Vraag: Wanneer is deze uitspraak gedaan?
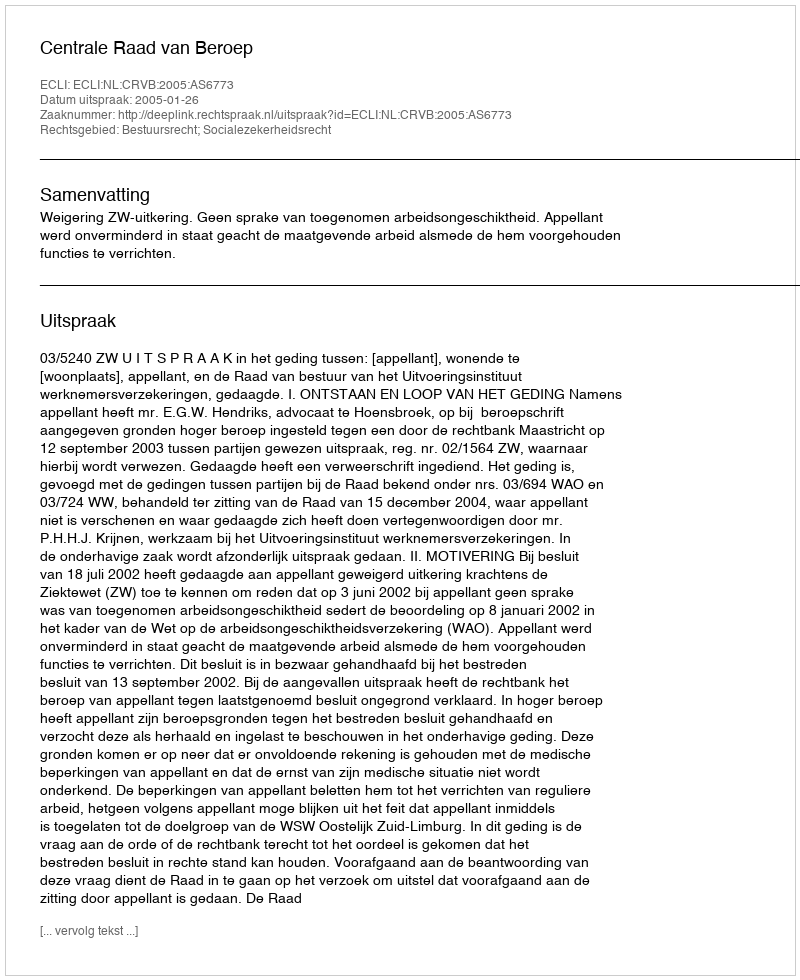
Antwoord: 2005-01-26